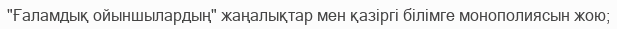
"Ғаламдық ойыншылардың" жаңалықтар мен қазіргі білімге монополиясын жою;